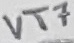
Text: VT7